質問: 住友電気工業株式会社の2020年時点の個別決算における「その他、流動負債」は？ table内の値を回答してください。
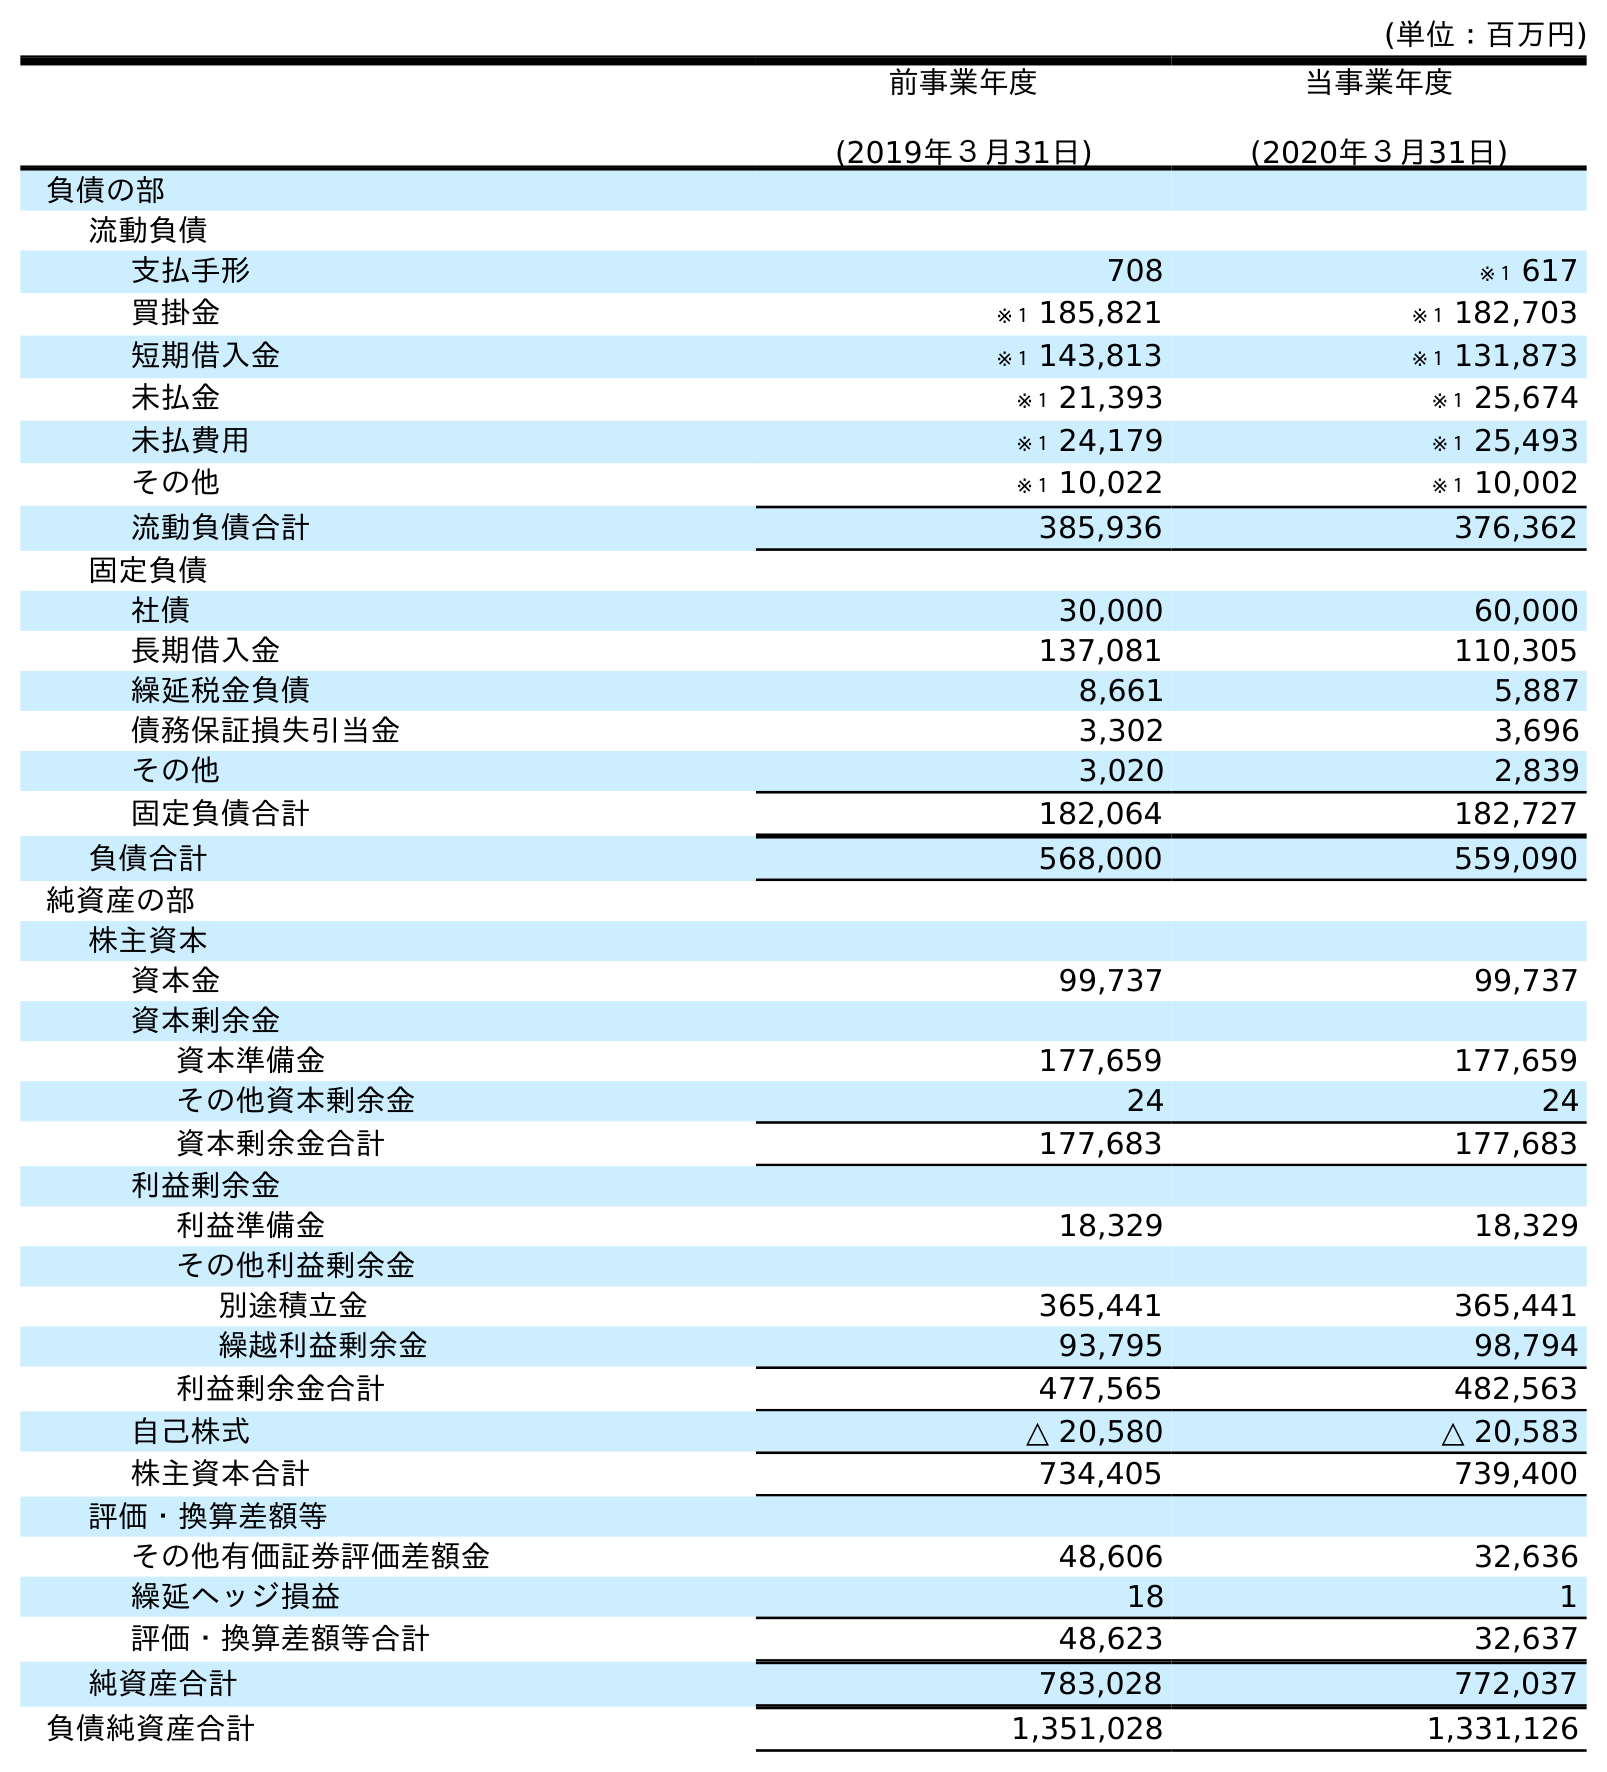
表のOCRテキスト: (単位：百万円) 前事業年度 (2019年３月31日) 当事業年度 (2020年３月31日) 負債の部 流動負債 支払手形 708 ※１ 617 買掛金 ※１ 185,821 ※１ 182,703 短期借入金 ※１ 143,813 ※１ 131,873 未払金 ※１ 21,393 ※１ 25,674 未払費用 ※１ 24,179 ※１ 25,493 その他 ※１ 10,022 ※１ 10,002 流動負債合計 385,936 376,362 固定負債 社債 30,000 60,000 長期借入金 137,081 110,305 繰延税金負債 8,661 5,887 債務保証損失引当金 3,302 3,696 その他 3,020 2,839 固定負債合計 182,064 182,727 負債合計 568,000 559,090 純資産の部 株主資本 資本金 99,737 99,737 資本剰余金 資本準備金 177,659 177,659 その他資本剰余金 24 24 資本剰余金合計 177,683 177,683 利益剰余金 利益準備金 18,329 18,329 その他利益剰余金 別途積立金 365,441 365,441 繰越利益剰余金 93,795 98,794 利益剰余金合計 477,565 482,563 自己株式 △ 20,580 △ 20,583 株主資本合計 734,405 739,400 評価・換算差額等 その他有価証券評価差額金 48,606 32,636 繰延ヘッジ損益 18 1 評価・換算差額等合計 48,623 32,637 純資産合計 783,028 772,037 負債純資産合計 1,351,028 1,331,126
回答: ※１10,002